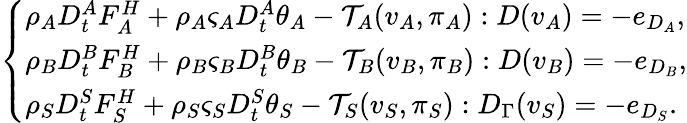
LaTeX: \left\{ \begin{array}{ll}{\rho_{A}D_{t}^{A}F_{A}^{H}+\rho_{A}\varsigma_{A}D_{t}^{A}\theta_{A}-\mathcal{T}_{A}(v_{A},\pi_{A}):D(v_{A})=-e_{D_{A}},}\\ {\rho_{B}D_{t}^{B}F_{B}^{H}+\rho_{B}\varsigma_{B}D_{t}^{B}\theta_{B}-\mathcal{T}_{B}(v_{B},\pi_{B}):D(v_{B})=-e_{D_{B}},}\\ {\rho_{S}D_{t}^{S}F_{S}^{H}+\rho_{S}\varsigma_{S}D_{t}^{S}\theta_{S}-\mathcal{T}_{S}(v_{S},\pi_{S}):D_{\Gamma}(v_{S})=-e_{D_{S}}.}\end{array}\right.